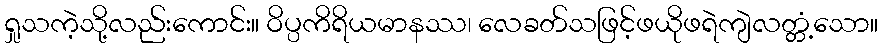
ရှုသကဲ့သို့လည်းကောင်း။ ဝိပ္ပကိရိယမာနဿ၊ လေခတ်သဖြင့်ဖယိုဖရဲကျဲလတ္တံ့သော။